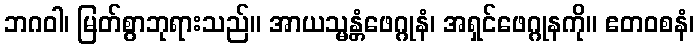
ဘဂဝါ၊ မြတ်စွာဘုရားသည်။ အာယသ္မန္တံဖေဂ္ဂုနံ၊ အရှင်ဖေဂ္ဂုနကို။ ဧတဝစနံ၊